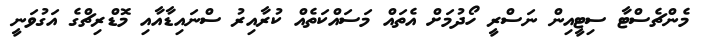
މެންޗެސްޓާ ސިޓީއިން ނަސްރީ ހޯދުމަށް އެތައް މަސައްކަތެއް ކުރާއިރު ސްނައިޑާއާއި މޮޑްރިޗްގެ އަގުވަނީ